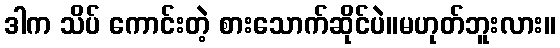
ဒါက သိပ် ကောင်းတဲ့ စားသောက်ဆိုင်ပဲ။မဟုတ်ဘူးလား။